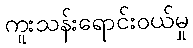
ကူးသန်းရောင်းဝယ်မှု